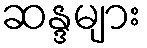
ဆန္ဒများ